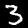
Label: 3